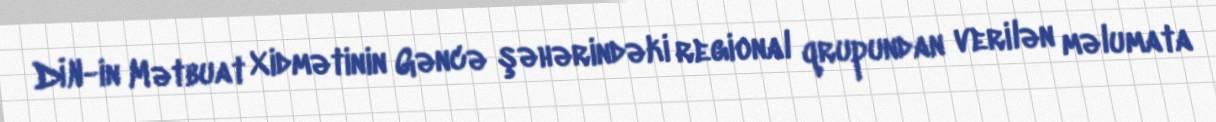
DİN-in Mətbuat Xidmətinin Gəncə şəhərindəki regional qrupundan verilən məlumata